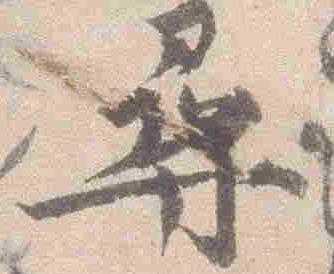
尋